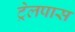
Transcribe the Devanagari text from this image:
ट्रेलपास